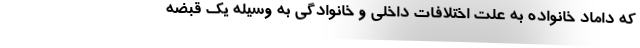
که داماد خانواده به علت اختلافات داخلی و خانوادگی به وسیله یک قبضه